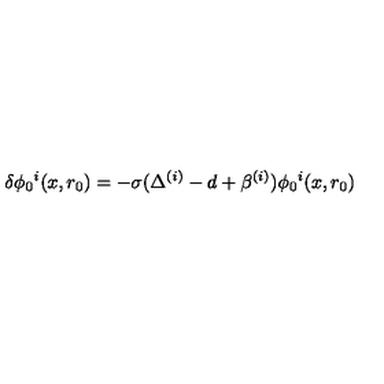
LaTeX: \delta \phi _ { 0 } { } ^ { i } ( x , r _ { 0 } ) = - \sigma ( \Delta ^ { ( i ) } - d + \beta ^ { ( i ) } ) \phi _ { 0 } { } ^ { i } ( x , r _ { 0 } )